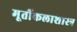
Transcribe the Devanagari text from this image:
मूर्तीकलाशास्त्र